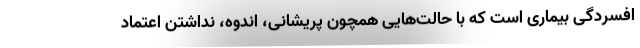
افسردگی بیماری است که با حالت‌هایی همچون پریشانی، اندوه، نداشتن اعتماد